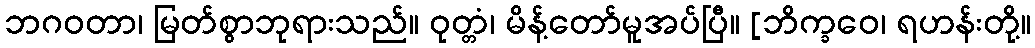
ဘဂဝတာ၊ မြတ်စွာဘုရားသည်။ ဝုတ္တံ၊ မိန့်တော်မူအပ်ပြီ။ [ဘိက္ခဝေ၊ ရဟန်းတို့။